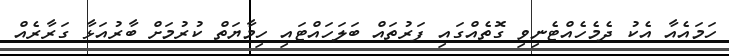
ހަމައެއާ އެކު ދެމެހެއްޓެނިވި ގޮތެއްގައި ފަރުތައް ބަލަހައްޓައި ހިމާޔަތް ކުރުމަށް ބާރުއަޅާ ގަރާރެއް